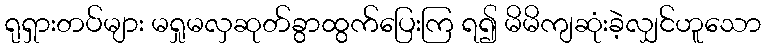
ရုရှားတပ်များ မရှုမလှဆုတ်ခွာထွက်ပြေးကြ ရ၍ မိမိကျဆုံးခဲ့လျှင်ဟူသော